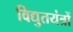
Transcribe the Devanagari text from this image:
विद्युतयंत्रों